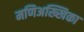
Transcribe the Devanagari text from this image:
मणिअख्खिका